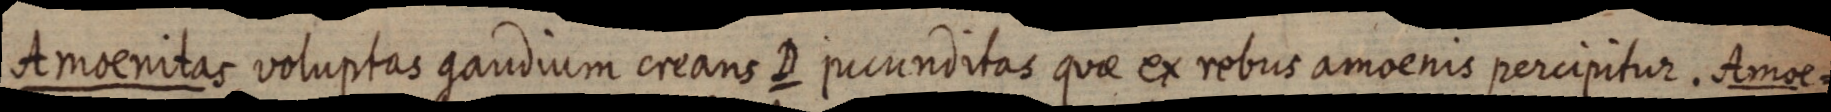
Amoenitas voluptas gaudium creans D pecunditas quae ex rebus amoenis percipitur. Amoe